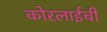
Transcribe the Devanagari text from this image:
कोरलाईची